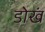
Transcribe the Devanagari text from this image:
डोखं